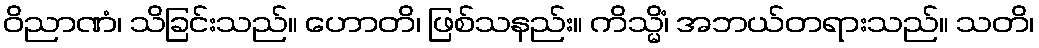
ဝိညာဏံ၊ သိခြင်းသည်။ ဟောတိ၊ ဖြစ်သနည်း။ ကိသ္မိံ၊ အဘယ်တရားသည်။ သတိ၊